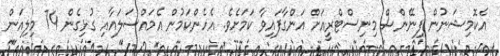
އެކޮމިޝަނުން ފިނޭންސް މިނިސްޓްރީއަށް އަންގާފައިވާ ކަމަށެވެ. އެހެންކަމުން އެމައްސަލައާއި ގުޅިގެން 74 މިލިއަން